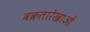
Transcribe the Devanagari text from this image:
वक्रतारेखाओं